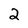
Character: 2